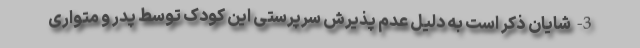
3- شایان ذکر است به دلیل عدم پذیرش سرپرستی این کودک توسط پدر و متواری